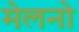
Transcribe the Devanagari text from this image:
मेलनो